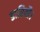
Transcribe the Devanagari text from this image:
डारियौ।